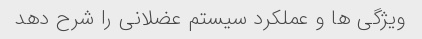
ویژگی ها و عملکرد سیستم عضلانی را شرح دهد